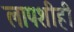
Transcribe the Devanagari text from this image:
लापशीही